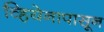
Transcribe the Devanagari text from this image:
व्हियेनापासून